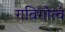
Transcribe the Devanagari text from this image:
गविगोत्वं